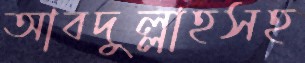
আবদুল্লাহসহ